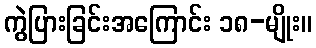
ကွဲပြားခြင်းအကြောင်း ၁၈-မျိုး။